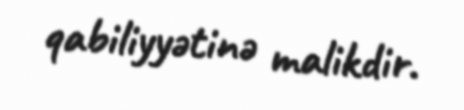
qabiliyyətinə malikdir.